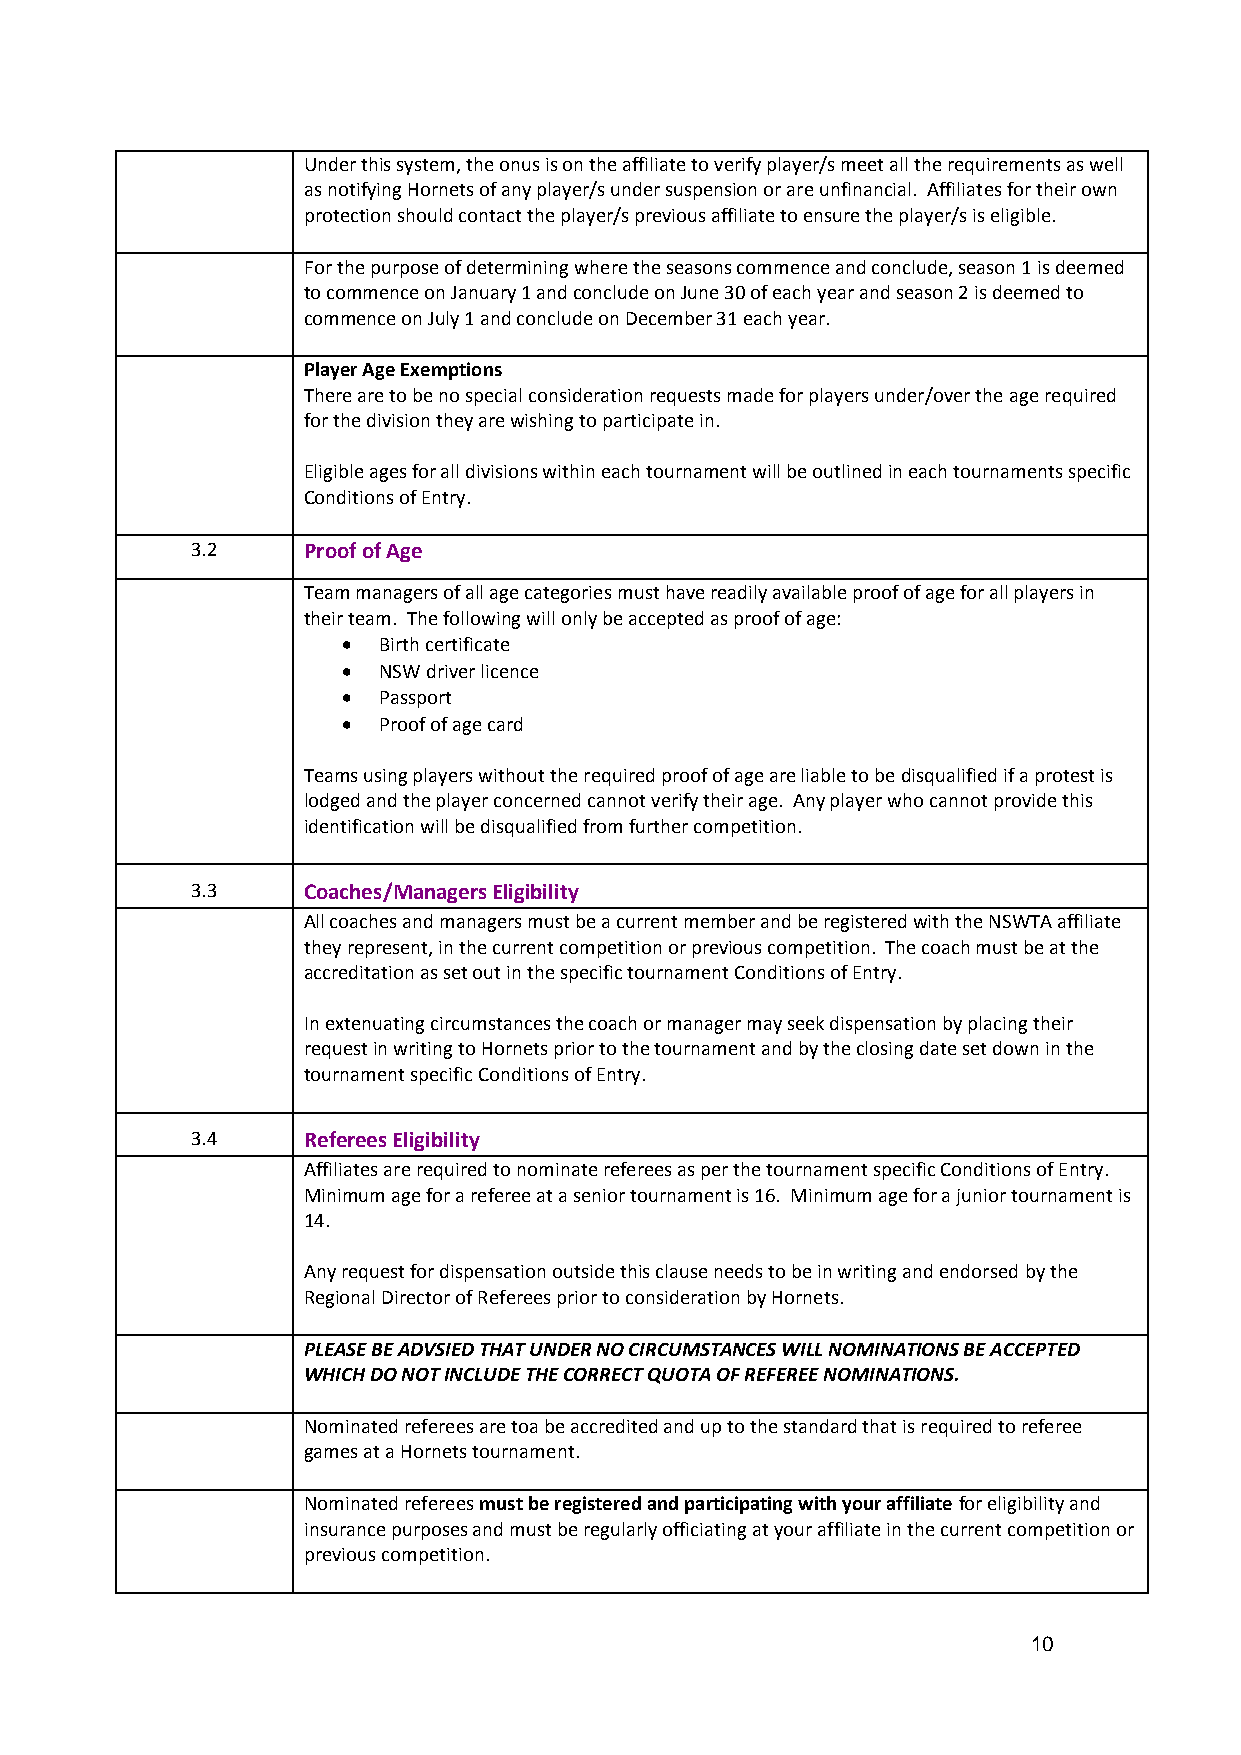
Under this system, the onus is on the affiliate to verify player/s meet all the requirements as well
 as notifying Hornets of any player/s under suspension or are unfinancial. Affiliates for their own
 protection should contact the player/s previous affiliate to ensure the player/s is eligible.
 For the purpose of determining where the seasons commence and conclude, season 1 is deemed
 to commence on January 1 and conclude on June 30 of each year and season 2 is deemed to
 commence on July 1 and conclude on December 31 each year.
 Player Age Exemptions
 There are to be no special consideration requests made for players under/over the age required
 for the division they are wishing to participate in.
 Eligible ages for all divisions within each tournament will be outlined in each tournaments specific
 Conditions of Entry.
 3.2    Proof of Age
 Team managers of all age categories must have readily available proof of age for all players in
 their team. The following will only be accepted as proof of age:
  Birth certificate
  NSW driver licence
  Passport
  Proof of age card
 Teams using players without the required proof of age are liable to be disqualified if a protest is
 lodged and the player concerned cannot verify their age. Any player who cannot provide this
 identification will be disqualified from further competition.
 3.3    Coaches/Managers Eligibility
 All coaches and managers must be a current member and be registered with the NSWTA affiliate
 they represent, in the current competition or previous competition. The coach must be at the
 accreditation as set out in the specific tournament Conditions of Entry.
 In extenuating circumstances the coach or manager may seek dispensation by placing their
 request in writing to Hornets prior to the tournament and by the closing date set down in the
 tournament specific Conditions of Entry.
 3.4    Referees Eligibility
 Affiliates are required to nominate referees as per the tournament specific Conditions of Entry.
 Minimum age for a referee at a senior tournament is 16. Minimum age for a junior tournament is
 14.
 Any request for dispensation outside this clause needs to be in writing and endorsed by the
 Regional Director of Referees prior to consideration by Hornets.
 PLEASE BE ADVSIED THAT UNDER NO CIRCUMSTANCES WILL NOMINATIONS BE ACCEPTED
 WHICH DO NOT INCLUDE THE CORRECT QUOTA OF REFEREE NOMINATIONS.
 Nominated referees are toa be accredited and up to the standard that is required to referee
 games at a Hornets tournament.
 Nominated referees must be registered and participating with your affiliate for eligibility and
 insurance purposes and must be regularly officiating at your affiliate in the current competition or
 previous competition.
 10